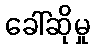
ခေါ်ဆိုမှု